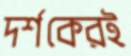
দর্শকেরই